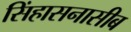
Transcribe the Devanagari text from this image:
सिंहासनासीब